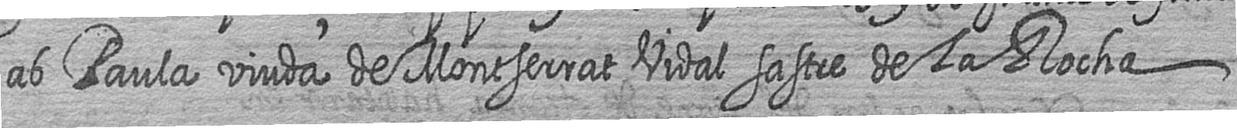
ab Paula viuda de Montserrat Vidal sastre de la Rocha